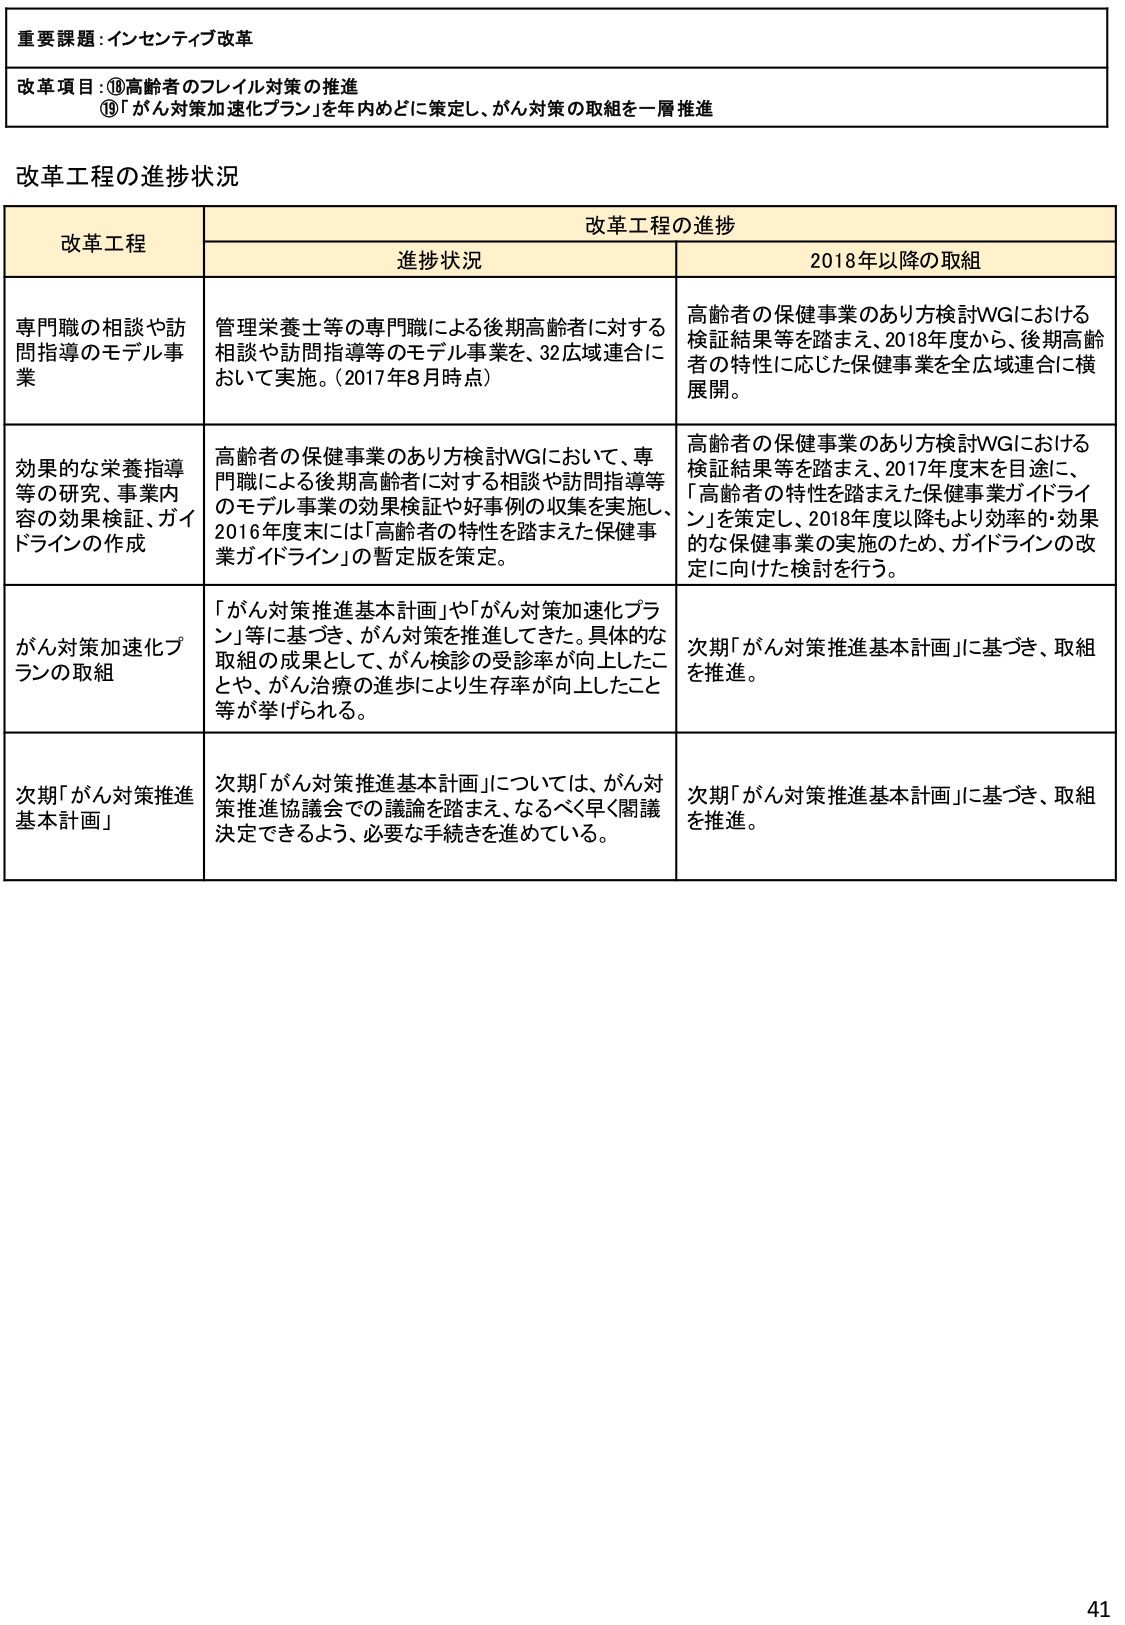
重要課題：インセンティブ改革

改革項目：⑱高齢者のフレイル対策の推進
⑲「がん対策加速化プラン」を年内めどに策定し、がん対策の取組を一層推進

改革工程の進捗状況

改革工程